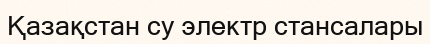
Қазақстан су электр стансалары